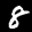
Label: 8